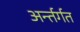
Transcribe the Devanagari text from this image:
अर्न्तर्गत